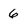
Character: 6